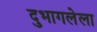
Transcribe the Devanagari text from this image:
दुभागलेला